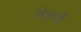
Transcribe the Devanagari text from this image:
सेलरी